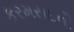
કરમસદની